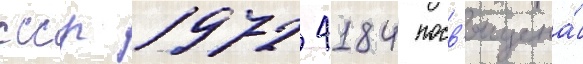
ссср 1972 4184 посв'ящена́